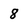
Character: 8